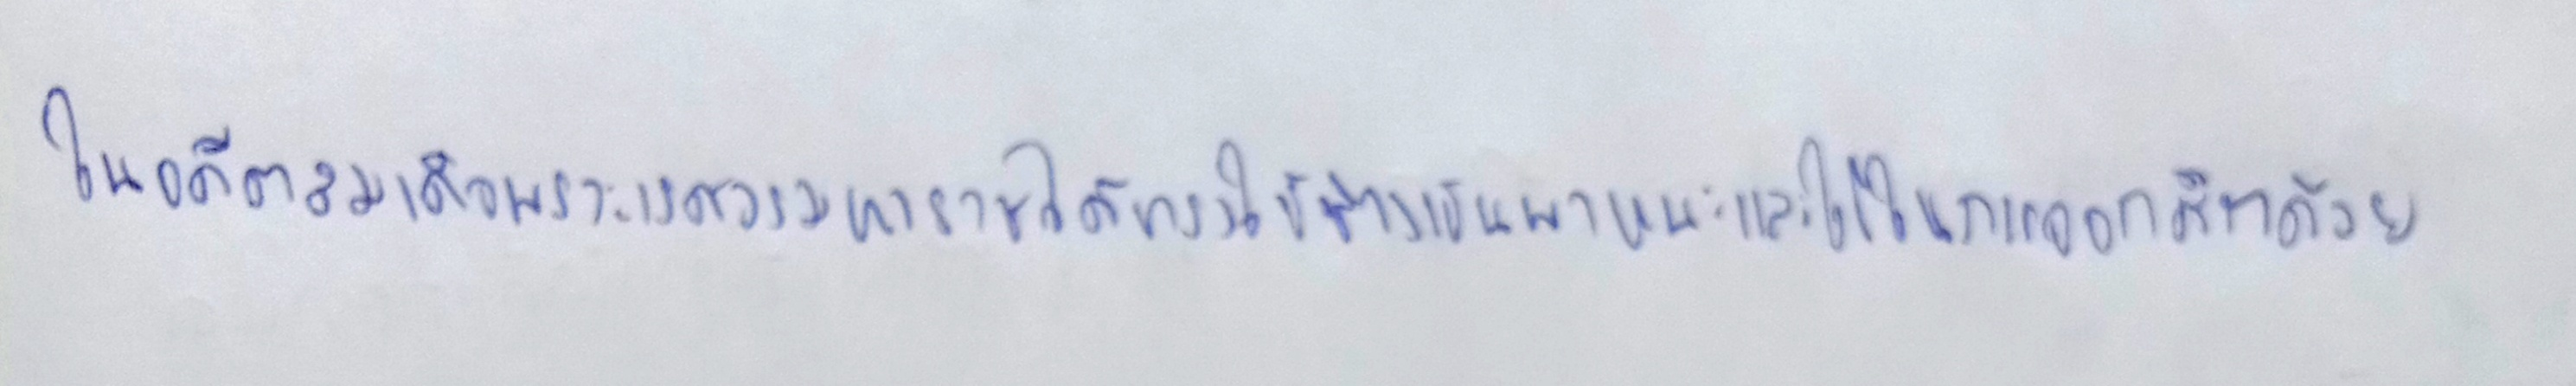
ในอดีตสมเด็จพระนเรศวรมหาราชได้ทรงใช้ช้างเป็นพาหนะและใช้ในการออกศึกด้วย